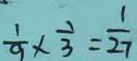
\frac { 1 } { 9 } \times \frac { 1 } { 3 } = \frac { 1 } { 2 7 }